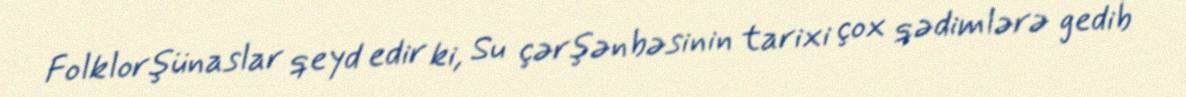
Folklorşünaslar qeyd edir ki, Su çərşənbəsinin tarixi çox qədimlərə gedib